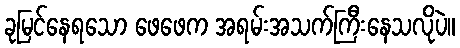
ခုမြင်နေရသော ဖေဖေက အရမ်းအသက်ကြီးနေသလိုပဲ။